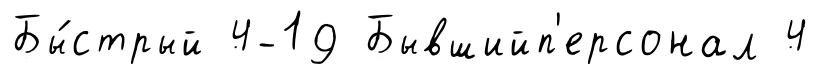
Бы́стрый 4-19 Бывшийп'ерсонал 4